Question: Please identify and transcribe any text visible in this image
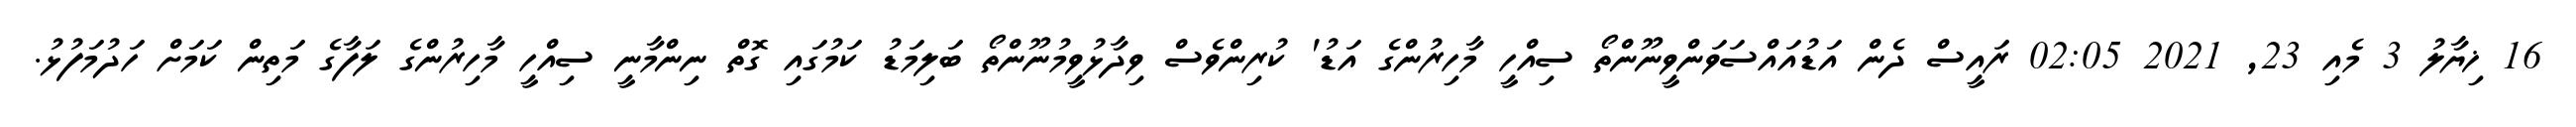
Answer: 16 ޚިޔާލު 3 މެއި 23, 2021 02:05 ރައީސް ދެން އަޑުއައްސަވަންވީނޫންތޯ ސިއްހީ މާހިރުންގެ އަޑު' ކުރިންވެސް ވިދާޅުވީމުނޫންތޯ ބަލިމަޑު ކަމުގައި ގޮތް ނިންމާނީ ސިއްހީ މާހިރުންގެ ލަފާގެ މަތިން ކަމަށް ހަދުމަފުޅު.